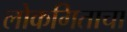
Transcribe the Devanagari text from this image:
लोकगिताचा